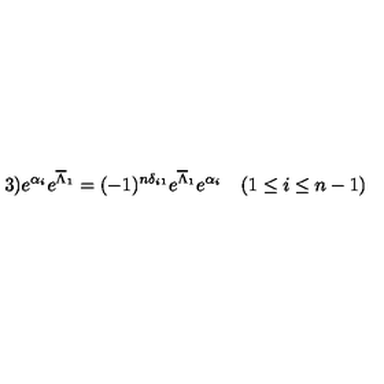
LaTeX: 3 ) e ^ { \alpha _ { i } } e ^ { \overline { { \Lambda } } _ { 1 } } = ( - 1 ) ^ { n \delta _ { i 1 } } e ^ { \overline { { \Lambda } } _ { 1 } } e ^ { \alpha _ { i } } \quad ( 1 \leq i \leq n - 1 )